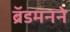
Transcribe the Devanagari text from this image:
ब्रॅडमनने